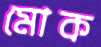
মোক